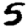
Digit: 5